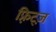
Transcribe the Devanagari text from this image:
फ़्रिट्ज़